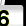
Digit: 6